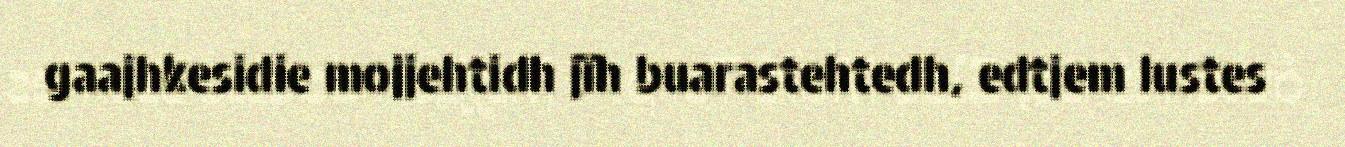
gaajhkesidie mojjehtidh jïh buarastehtedh, edtjem lustes